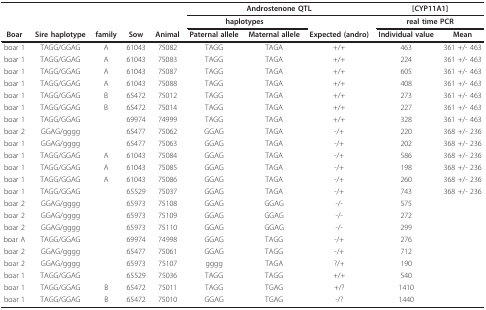
<table><thead><tr><td></td><td></td><td></td><td></td><td></td><td colspan="3"><b>Androstenone QTL</b></td><td colspan="2"><b>[CYP11A1]</b></td></tr><tr><td></td><td></td><td></td><td></td><td></td><td colspan="2"><b>haplotypes</b></td><td></td><td colspan="2"><b>real time PCR</b></td></tr><tr><td><b>Boar</b></td><td><b>Sire haplotype</b></td><td><b>family</b></td><td><b>Sow</b></td><td><b>Animal</b></td><td><b>Paternal allele</b></td><td><b>Maternal allele</b></td><td><b>Expected (andro)</b></td><td><b>Individual value</b></td><td><b>Mean</b></td></tr></thead><tbody><tr><td>boar 1</td><td>TAGG/GGAG</td><td>A</td><td>61043</td><td>75082</td><td>TAGG</td><td>TAGA</td><td>+/+</td><td>463</td><td>361 +/- 463</td></tr><tr><td>boar 1</td><td>TAGG/GGAG</td><td>A</td><td>61043</td><td>75083</td><td>TAGG</td><td>TAGA</td><td>+/+</td><td>224</td><td>361 +/- 463</td></tr><tr><td>boar 1</td><td>TAGG/GGAG</td><td>A</td><td>61043</td><td>75087</td><td>TAGG</td><td>TAGA</td><td>+/+</td><td>605</td><td>361 +/- 463</td></tr><tr><td>boar 1</td><td>TAGG/GGAG</td><td>A</td><td>61043</td><td>75088</td><td>TAGG</td><td>TAGA</td><td>+/+</td><td>408</td><td>361 +/- 463</td></tr><tr><td>boar 1</td><td>TAGG/GGAG</td><td>B</td><td>65472</td><td>75012</td><td>TAGG</td><td>TAGA</td><td>+/+</td><td>273</td><td>361 +/- 463</td></tr><tr><td>boar 1</td><td>TAGG/GGAG</td><td>B</td><td>65472</td><td>75014</td><td>TAGG</td><td>TAGA</td><td>+/+</td><td>227</td><td>361 +/- 463</td></tr><tr><td>boar 1</td><td>TAGG/GGAG</td><td></td><td>69974</td><td>74999</td><td>TAGG</td><td>TAGA</td><td>+/+</td><td>328</td><td>361 +/- 463</td></tr><tr><td>boar 2</td><td>GGAG/gggg</td><td></td><td>65477</td><td>75062</td><td>GGAG</td><td>TAGA</td><td>-/+</td><td>220</td><td>368 +/- 236</td></tr><tr><td>boar 1</td><td>GGAG/gggg</td><td></td><td>65477</td><td>75063</td><td>GGAG</td><td>TAGA</td><td>-/+</td><td>202</td><td>368 +/- 236</td></tr><tr><td>boar 1</td><td>TAGG/GGAG</td><td>A</td><td>61043</td><td>75084</td><td>GGAG</td><td>TAGA</td><td>-/+</td><td>586</td><td>368 +/- 236</td></tr><tr><td>boar 1</td><td>TAGG/GGAG</td><td>A</td><td>61043</td><td>75085</td><td>GGAG</td><td>TAGA</td><td>-/+</td><td>198</td><td>368 +/- 236</td></tr><tr><td>boar 1</td><td>TAGG/GGAG</td><td>A</td><td>61043</td><td>75086</td><td>GGAG</td><td>TAGA</td><td>-/+</td><td>260</td><td>368 +/- 236</td></tr><tr><td>boar 1</td><td>TAGG/GGAG</td><td></td><td>65529</td><td>75037</td><td>GGAG</td><td>TAGA</td><td>-/+</td><td>743</td><td>368 +/- 236</td></tr><tr><td>boar 2</td><td>GGAG/gggg</td><td></td><td>65973</td><td>75108</td><td>GGAG</td><td>GGAG</td><td>-/-</td><td>575</td><td></td></tr><tr><td>boar 2</td><td>GGAG/gggg</td><td></td><td>65973</td><td>75109</td><td>GGAG</td><td>GGAG</td><td>-/-</td><td>272</td><td></td></tr><tr><td>boar 2</td><td>GGAG/gggg</td><td></td><td>65973</td><td>75110</td><td>GGAG</td><td>GGAG</td><td>-/-</td><td>299</td><td></td></tr><tr><td>boar A</td><td>TAGG/GGAG</td><td></td><td>69974</td><td>74998</td><td>GGAG</td><td>TAGG</td><td>-/+</td><td>276</td><td></td></tr><tr><td>boar 2</td><td>GGAG/gggg</td><td></td><td>65477</td><td>75061</td><td>GGAG</td><td>TAGG</td><td>-/+</td><td>712</td><td></td></tr><tr><td>boar 2</td><td>GGAG/gggg</td><td></td><td>65973</td><td>75107</td><td>gggg</td><td>TAGA</td><td>?/+</td><td>190</td><td></td></tr><tr><td>boar 1</td><td>TAGG/GGAG</td><td></td><td>65529</td><td>75036</td><td>TAGG</td><td>TAGG</td><td>+/+</td><td>540</td><td></td></tr><tr><td>boar 1</td><td>TAGG/GGAG</td><td>B</td><td>65472</td><td>75011</td><td>TAGG</td><td>TGAG</td><td>+/?</td><td>1410</td><td></td></tr><tr><td>boar 1</td><td>TAGG/GGAG</td><td>B</td><td>65472</td><td>75010</td><td>GGAG</td><td>TGAG</td><td>-/?</td><td>1440</td><td></td></tr></tbody></table>